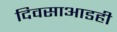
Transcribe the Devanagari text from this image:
दिवसाआडही